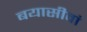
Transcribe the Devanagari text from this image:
बयासीवां